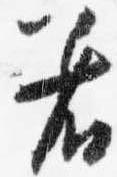
着